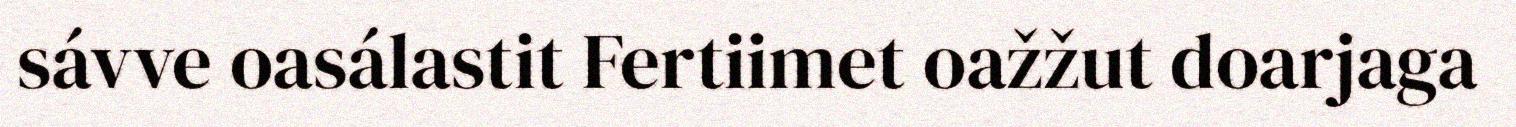
sávve oasálastit Fertiimet oažžut doarjaga